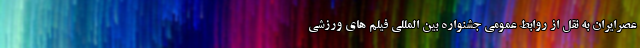
عصرایران به نقل از روابط عمومی جشنواره بین المللی فیلم های ورزشی